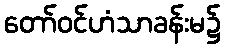
တော်ဝင်ဟံသာခန်းမ၌